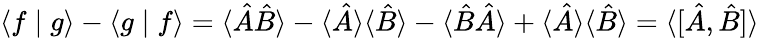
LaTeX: \langle f\mid g\rangle-\langle g\mid f\rangle=\langle{\hat{A}}{\hat{B}}\rangle-\langle{\hat{A}}\rangle\langle{\hat{B}}\rangle-\langle{\hat{B}}{\hat{A}}\rangle+\langle{\hat{A}}\rangle\langle{\hat{B}}\rangle=\langle[{\hat{A}},{\hat{B}}]\rangle